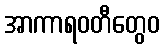
အာကာရဝတီတွေဝ